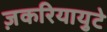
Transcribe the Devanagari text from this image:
ज़करियायुटे